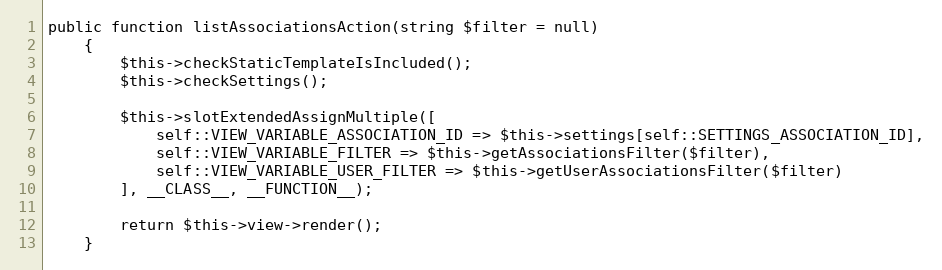
Language: PHP
public function listAssociationsAction(string $filter = null)
    {
        $this->checkStaticTemplateIsIncluded();
        $this->checkSettings();

        $this->slotExtendedAssignMultiple([
            self::VIEW_VARIABLE_ASSOCIATION_ID => $this->settings[self::SETTINGS_ASSOCIATION_ID],
            self::VIEW_VARIABLE_FILTER => $this->getAssociationsFilter($filter),
            self::VIEW_VARIABLE_USER_FILTER => $this->getUserAssociationsFilter($filter)
        ], __CLASS__, __FUNCTION__);

        return $this->view->render();
    }